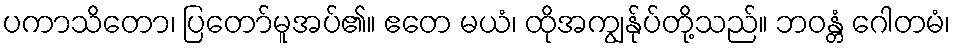
ပကာသိတော၊ ပြတော်မူအပ်၏။ ဧတေ မယံ၊ ထိုအကျွန်ုပ်တို့သည်။ ဘဝန္တံ ဂေါတမံ၊